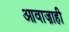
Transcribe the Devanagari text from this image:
आवाज़ाही